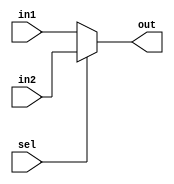
module mux2to1(sel,in1,in2,out);
input sel;
input [31:0] in1,in2;
output [31:0] out;
assign out = sel == 1'b0 ? in1 : in2;
endmodule